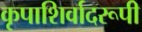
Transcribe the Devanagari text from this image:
कृपाशिर्वादरूपी